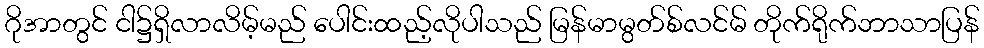
ဂိုအာတွင် ငါ၌ရှိလာလိမ့်မည် ပေါင်းထည့်လိုပါသည် မြန်မာမွတ်စ်လင်မ် တိုက်ရိုက်ဘာသာပြန်